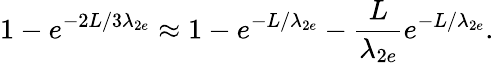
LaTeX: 1-e^{-2L/3\lambda_{2e}}\approx 1-e^{-L/\lambda_{2e}}-\frac{L}{\lambda_{2e}}e^{-L/\lambda_{2e}}.